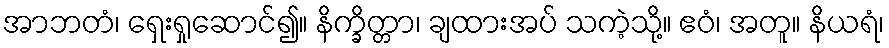
အာဘတံ၊ ရှေးရှုဆောင်၍။ နိက္ခိတ္တာ၊ ချထားအပ် သကဲ့သို့။ ဧဝံ၊ အတူ။ နိယရံ၊